Lunatic asylums Central Provinces reports 1910-1926 - 1910-1926
Year: 1910
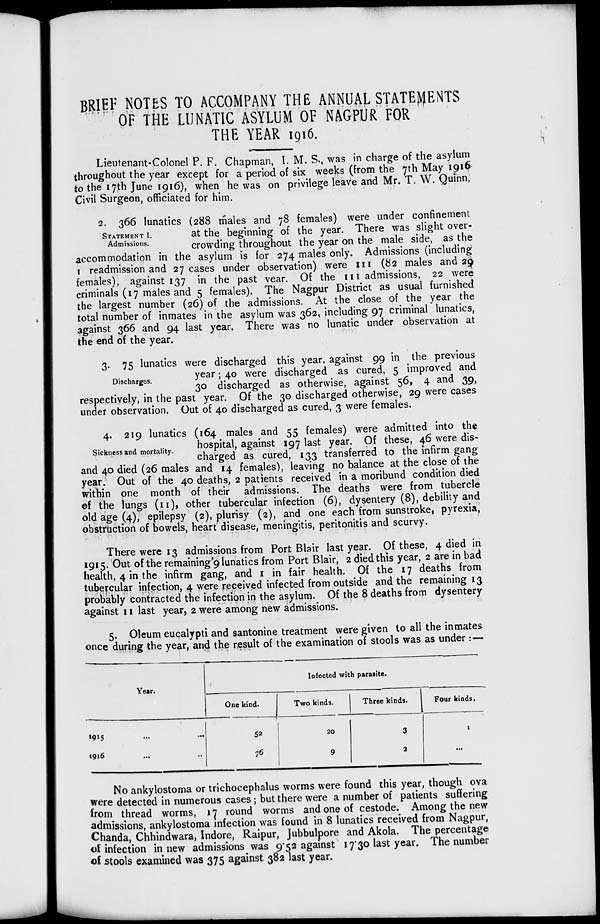
BRIEF NOTES TO ACCOMPANY THE ANNUAL STATEMENTS
OF THE LUNATIC ASYLUM OF NAGPUR FOR
THE YEAR 1916.
Lieutenant-Colonel P. F. Chapman, I. M. S., was in charge of the asylum
throughout the year except for a period of six weeks (from the 7th May 1916
to the 17th June 1916), when he was on privilege leave and Mr. T. W. Quinn,
Civil Surgeon, officiated for him.
STATEMENT I.
Admissions.
2. 366 lunatics (288 males and 78 females) were under confinement
at the beginning of the year. There was slight over-
crowding throughout the year on the male side, as the
accommodation in the asylum is for 274 males only. Admissions (including
1 readmission and 27 cases under observation) were 111 (82 males and 29
females), against 137 in the past year. Of the 111 admissions, 22 were
criminals (17 males and 5 females). The Nagpur District as usual furnished
the largest number (26) of the admissions. At the close of the year the
total number of inmates in the asylum was 362, including 97 criminal lunatics,
against 366 and 94 last year. There was no lunatic under observation at
the end of the year.
Discharges.
3. 75 lunatics were discharged this year, against 99 in the previous
year; 40 were discharged as cured, 5 improved and
30 discharged as otherwise, against 56, 4 and 39,
respectively, in the past year. Of the 30 discharged otherwise, 29 were cases
under observation. Out of 40 discharged as cured, 3 were females.
Sickness and mortality.
4. 219 lunatics (164 males and 55 females) were admitted into the
hospital, against 197 last year. Of these, 46 were dis-
charged as cured, 133 transferred to the infirm gang
and 40 died (26 males and 14 females), leaving no balance at the close of the
year. Out of the 40 deaths, 2 patients received in a moribund condition died
within one month of their admissions. The deaths were from tubercle
of the lungs (11), other tubercular infection (6), dysentery (8), debility and
old age (4), epilepsy (2), plurisy (2), and one each from sunstroke, pyrexia,
obstruction of bowels, heart disease, meningitis, peritonitis and scurvy.
There were 13 admissions from Port Blair last year. Of these, 4 died in
1915. Out of the remaining 9 lunatics from Port Blair, 2 died this year, 2 are in bad
health, 4 in the infirm gang, and 1 in fair health. Of the 17 deaths from
tubercular infection, 4 were received infected from outside and the remaining 13
probably contracted the infection in the asylum. Of the 8 deaths from dysentery
against 11 last year, 2 were among new admissions.
5. Oleum eucalypti and santonine treatment were given to all the inmates
once during the year, and the result of the examination of stools was as under :—
Year.
1915 ... ...
1916 ... ...
Infected with parasite.
One kind.
52
76
Two kinds.
20
9
Three kinds.
3
2
Four kinds.
1
...
No ankylostoma or trichocephalus worms were found this year, though ova
were detected in numerous cases; but there were a number of patients suffering
from thread worms, 17 round worms and one of cestode. Among the new
admissions, ankylostoma infection was found in 8 lunatics received from Nagpur,
Chanda, Chhindwara, Indore, Raipur, Jubbulpore and Akola. The percentage
of infection in new admissions was 9.52 against 17.30 last year. The number
of stools examined was 375 against 382 last year.